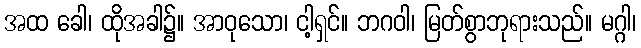
အထ ခေါ၊ ထိုအခါ၌။ အာဝုသော၊ ငါ့ရှင်။ ဘဂဝါ၊ မြတ်စွာဘုရားသည်။ မဂ္ဂါ၊